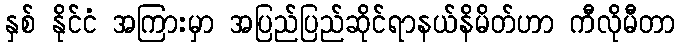
နှစ် နိုင်ငံ အကြားမှာ အပြည်ပြည်ဆိုင်ရာနယ်နိမိတ်ဟာ ကီလိုမီတာ